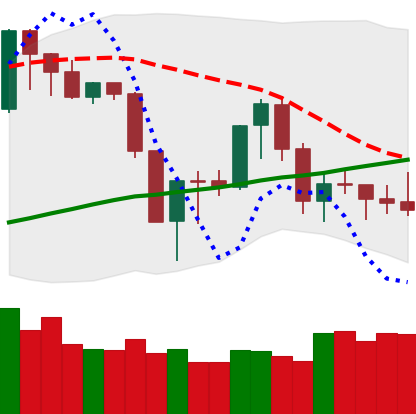
Ticker: XMR-USD
Chart end date: 2019-08-26
Forward return: -15.267%
Label: down_7plus